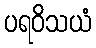
ပရဝိသယံ